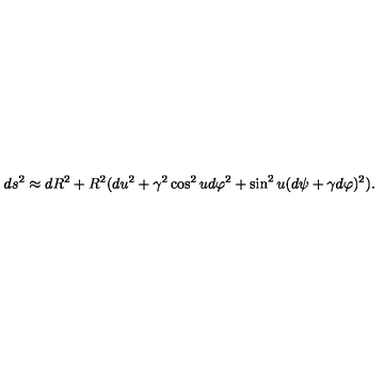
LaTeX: d s ^ { 2 } \approx d R ^ { 2 } + R ^ { 2 } ( d u ^ { 2 } + \gamma ^ { 2 } \cos ^ { 2 } u d \varphi ^ { 2 } + \sin ^ { 2 } u ( d \psi + \gamma d \varphi ) ^ { 2 } ) .